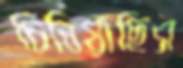
চিনিয়াছিস